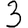
Digit: 3